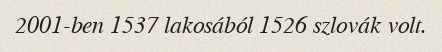
2001-ben 1537 lakosából 1526 szlovák volt.